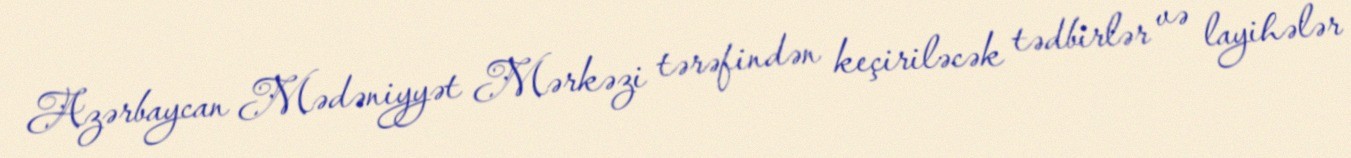
Azərbaycan Mədəniyyət Mərkəzi tərəfindən keçiriləcək tədbirlər və layihələr